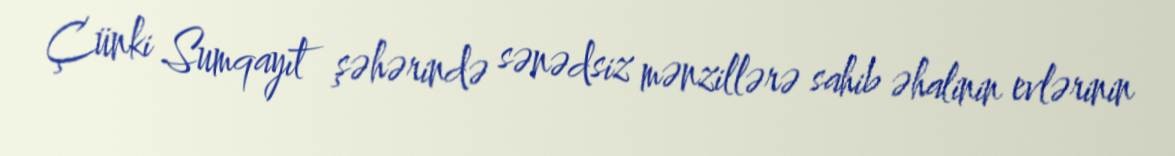
Çünki Sumqayıt şəhərində sənədsiz mənzillərə sahib əhalinin evlərinin